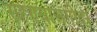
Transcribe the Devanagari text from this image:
राहण्याअगोदर